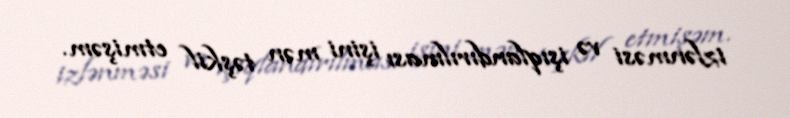
izlənməsi və işıqlandırılması işini mən təşkil etmişəm.